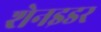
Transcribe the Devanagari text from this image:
शेनइडर